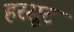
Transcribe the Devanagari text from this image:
हरसूट